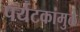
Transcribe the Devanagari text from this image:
पर्यटकांमुळे